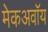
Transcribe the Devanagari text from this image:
मेकअवॉय